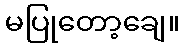
မပြုတော့ချေ။